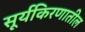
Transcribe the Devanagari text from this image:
सूर्यकिरणातील